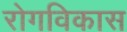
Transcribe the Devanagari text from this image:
रोगविकास